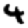
Digit: 4